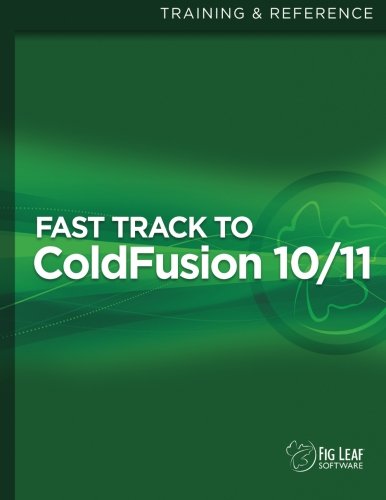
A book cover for Fast Track to ColdFusion 10/11; Steven D Drucker; Computers & Technology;